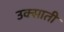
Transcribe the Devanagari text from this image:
उक्साती